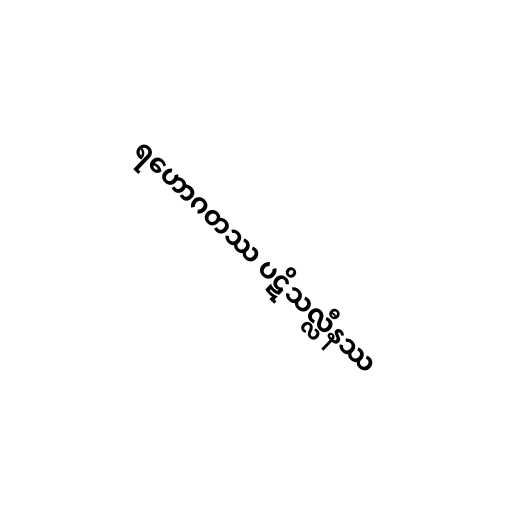
ရဟောဂတဿ ပဋိသလ္လီနဿ